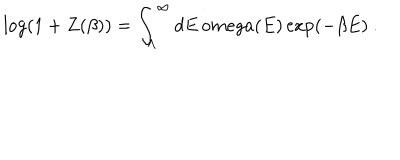
LaTeX: \log ( 1 + Z ( \beta ) ) = \int _ { \Lambda } ^ { \infty } d E \, o m e g a ( E ) \exp ( - \beta E ) \ .